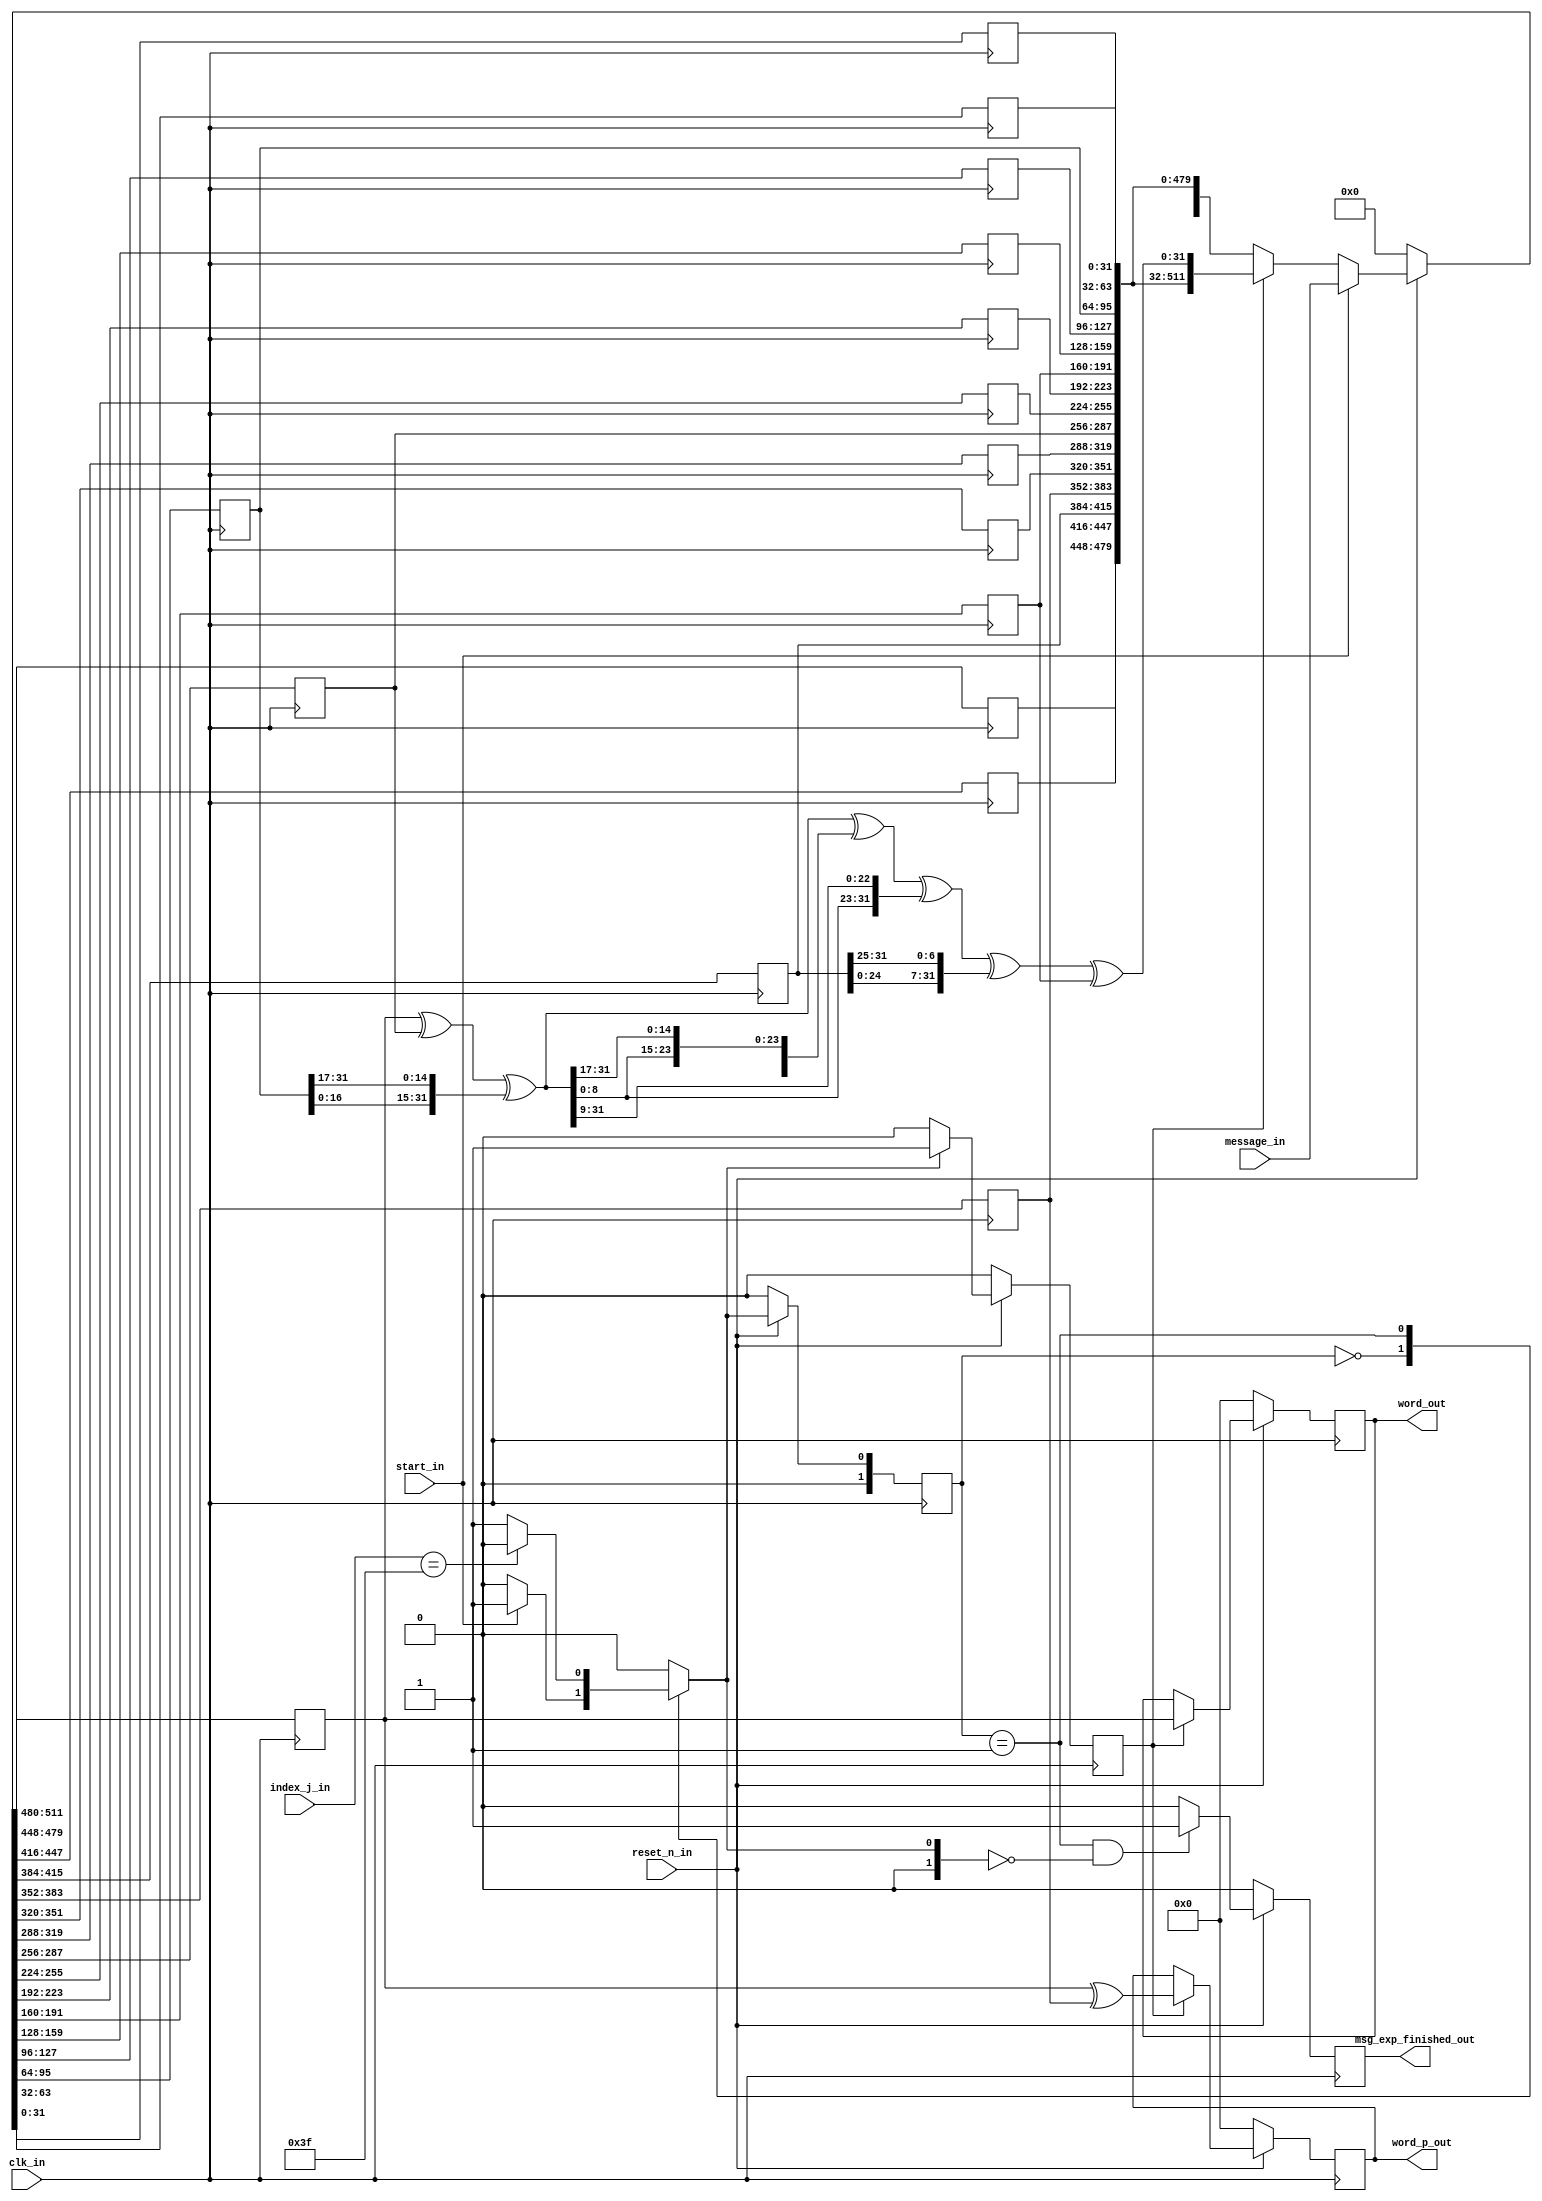
/*
 * Project: rtl
 * File Created: Sunday, 5th August 2018 9:03:57 am
 * -----
 * Modified By: Chen Rui (raymond.rui.chen@qq.com>)
 * -----
 * Copyright (c) 2018 - Chen Rui
 * All rights reserved.
 */
module msg_expansion
	(
		clk_in,
		reset_n_in,
		message_in,
		start_in,
		index_j_in,
		word_p_out,
		word_out,
		msg_exp_finished_out
	);
	
`define	IDLE	2'b00
`define	WORKING	2'b01

input				clk_in;
input				reset_n_in;	
input	[511 : 0]	message_in;			
input				start_in;		
input	[5:0]		index_j_in;		

output	reg[31 : 0]	word_p_out;			
output	reg[31 : 0]	word_out;			
output				msg_exp_finished_out;

reg					working_en;
reg					msg_exp_finished_out;
reg		[1:0]		current_state,
					next_state;
reg		[31 : 0]	w0;
reg		[31 : 0]	w1;
reg		[31 : 0]	w2;
reg		[31 : 0]	w3;
reg		[31 : 0]	w4;
reg		[31 : 0]	w5;
reg		[31 : 0]	w6;
reg		[31 : 0]	w7;
reg		[31 : 0]	w8;
reg		[31 : 0]	w9;
reg		[31 : 0]	w10;
reg		[31 : 0]	w11;
reg		[31 : 0]	w12;
reg		[31 : 0]	w13;
reg		[31 : 0]	w14;
reg		[31 : 0]	w15;

wire	[31 : 0]	tmp_shift_15;	
wire	[31 : 0]	tmp_shift_7;	
wire	[31 : 0]	data_for_p1;
wire	[31 : 0]	data_after_p1;
wire	[31 : 0]	word_update;

assign	tmp_shift_15	=	{w13[31-15:0], w13[31:31-15+1]};
assign	tmp_shift_7		=	{w3[31-7:0],   w3[31:31-7+1]};
assign	data_for_p1		=	w0 ^ w7 ^ tmp_shift_15;
assign	data_after_p1	=	data_for_p1 ^ {data_for_p1[31-15:0], data_for_p1[31:31-15+1]} ^ {data_for_p1[31-23:0], data_for_p1[31:31-23+1]};
assign	word_update		=	data_after_p1 ^ tmp_shift_7 ^ w10;


always@(posedge clk_in)
	if(!reset_n_in)
		{w0, w1,  w2, w3, w4, w5, w6, w7, w8, w9, w10, w11, w12, w13, w14, w15}	<=	512'd0;
	else if(start_in)
		{w0, w1,  w2, w3, w4, w5, w6, w7, w8, w9, w10, w11, w12, w13, w14, w15}	<=	message_in;
	else if(working_en)
		{w0, w1,  w2, w3, w4, w5, w6, w7, w8, w9, w10, w11, w12, w13, w14, w15}	<=	{w1,  w2, w3, w4, w5, w6, w7, w8, w9, w10, w11, w12, w13, w14, w15, word_update};
	else
		{w0, w1,  w2, w3, w4, w5, w6, w7, w8, w9, w10, w11, w12, w13, w14, w15}	<=	{w0, w1,  w2, w3, w4, w5, w6, w7, w8, w9, w10, w11, w12, w13, w14, w15};	


always@(posedge clk_in)
	if(!reset_n_in)
		begin
			word_p_out	<=	32'd0;
			word_out	<=	32'd0;
		end
	else if(working_en)
		begin
			word_p_out	<=	w0 ^ w4;
			word_out	<=	w0;
		end
	else
		begin
			word_p_out	<=	word_p_out;
			word_out	<=	word_out;
		end
	
	
	
always@(posedge clk_in)					
	if(!reset_n_in)
		current_state	<=	`IDLE;
	else
		current_state	<=	next_state;
		
always@(*)
	begin	
		next_state	=	`IDLE;
		case(current_state)
			`IDLE:
					if(start_in)
						next_state = `WORKING;
					else
						next_state = `IDLE;

			`WORKING:
					if(index_j_in == 'd63)
						next_state = `IDLE;
					else
						next_state = `WORKING;
			default:
					next_state = `IDLE;
		endcase
	end
	
always@(posedge clk_in)
	if(!reset_n_in)
		begin
			working_en				<=	1'b0;
			msg_exp_finished_out	<=	1'b0;
		end
	else 
		begin
			
			if(next_state == `WORKING)
				working_en <= 1'b1;
			else
				working_en	<=	1'b0;	
			
			if(current_state == `WORKING && next_state == `IDLE)
				msg_exp_finished_out	<=	'd1;
			else
				msg_exp_finished_out	<=	'd0;
		end
		
		
endmodule